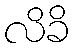
လိခိ